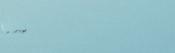
Try Our Pizza